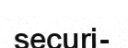
securi-